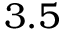
3 . 5